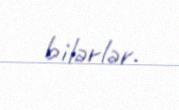
bilərlər.